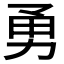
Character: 勇